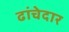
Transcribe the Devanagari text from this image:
ढांचेदार